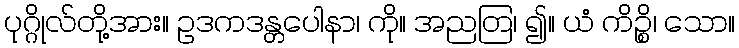
ပုဂ္ဂိုလ်တို့အား။ ဥဒကဒန္တပေါနာ၊ ကို။ အညတြ၊ ၍။ ယံ ကိဉ္စိ၊ သော။